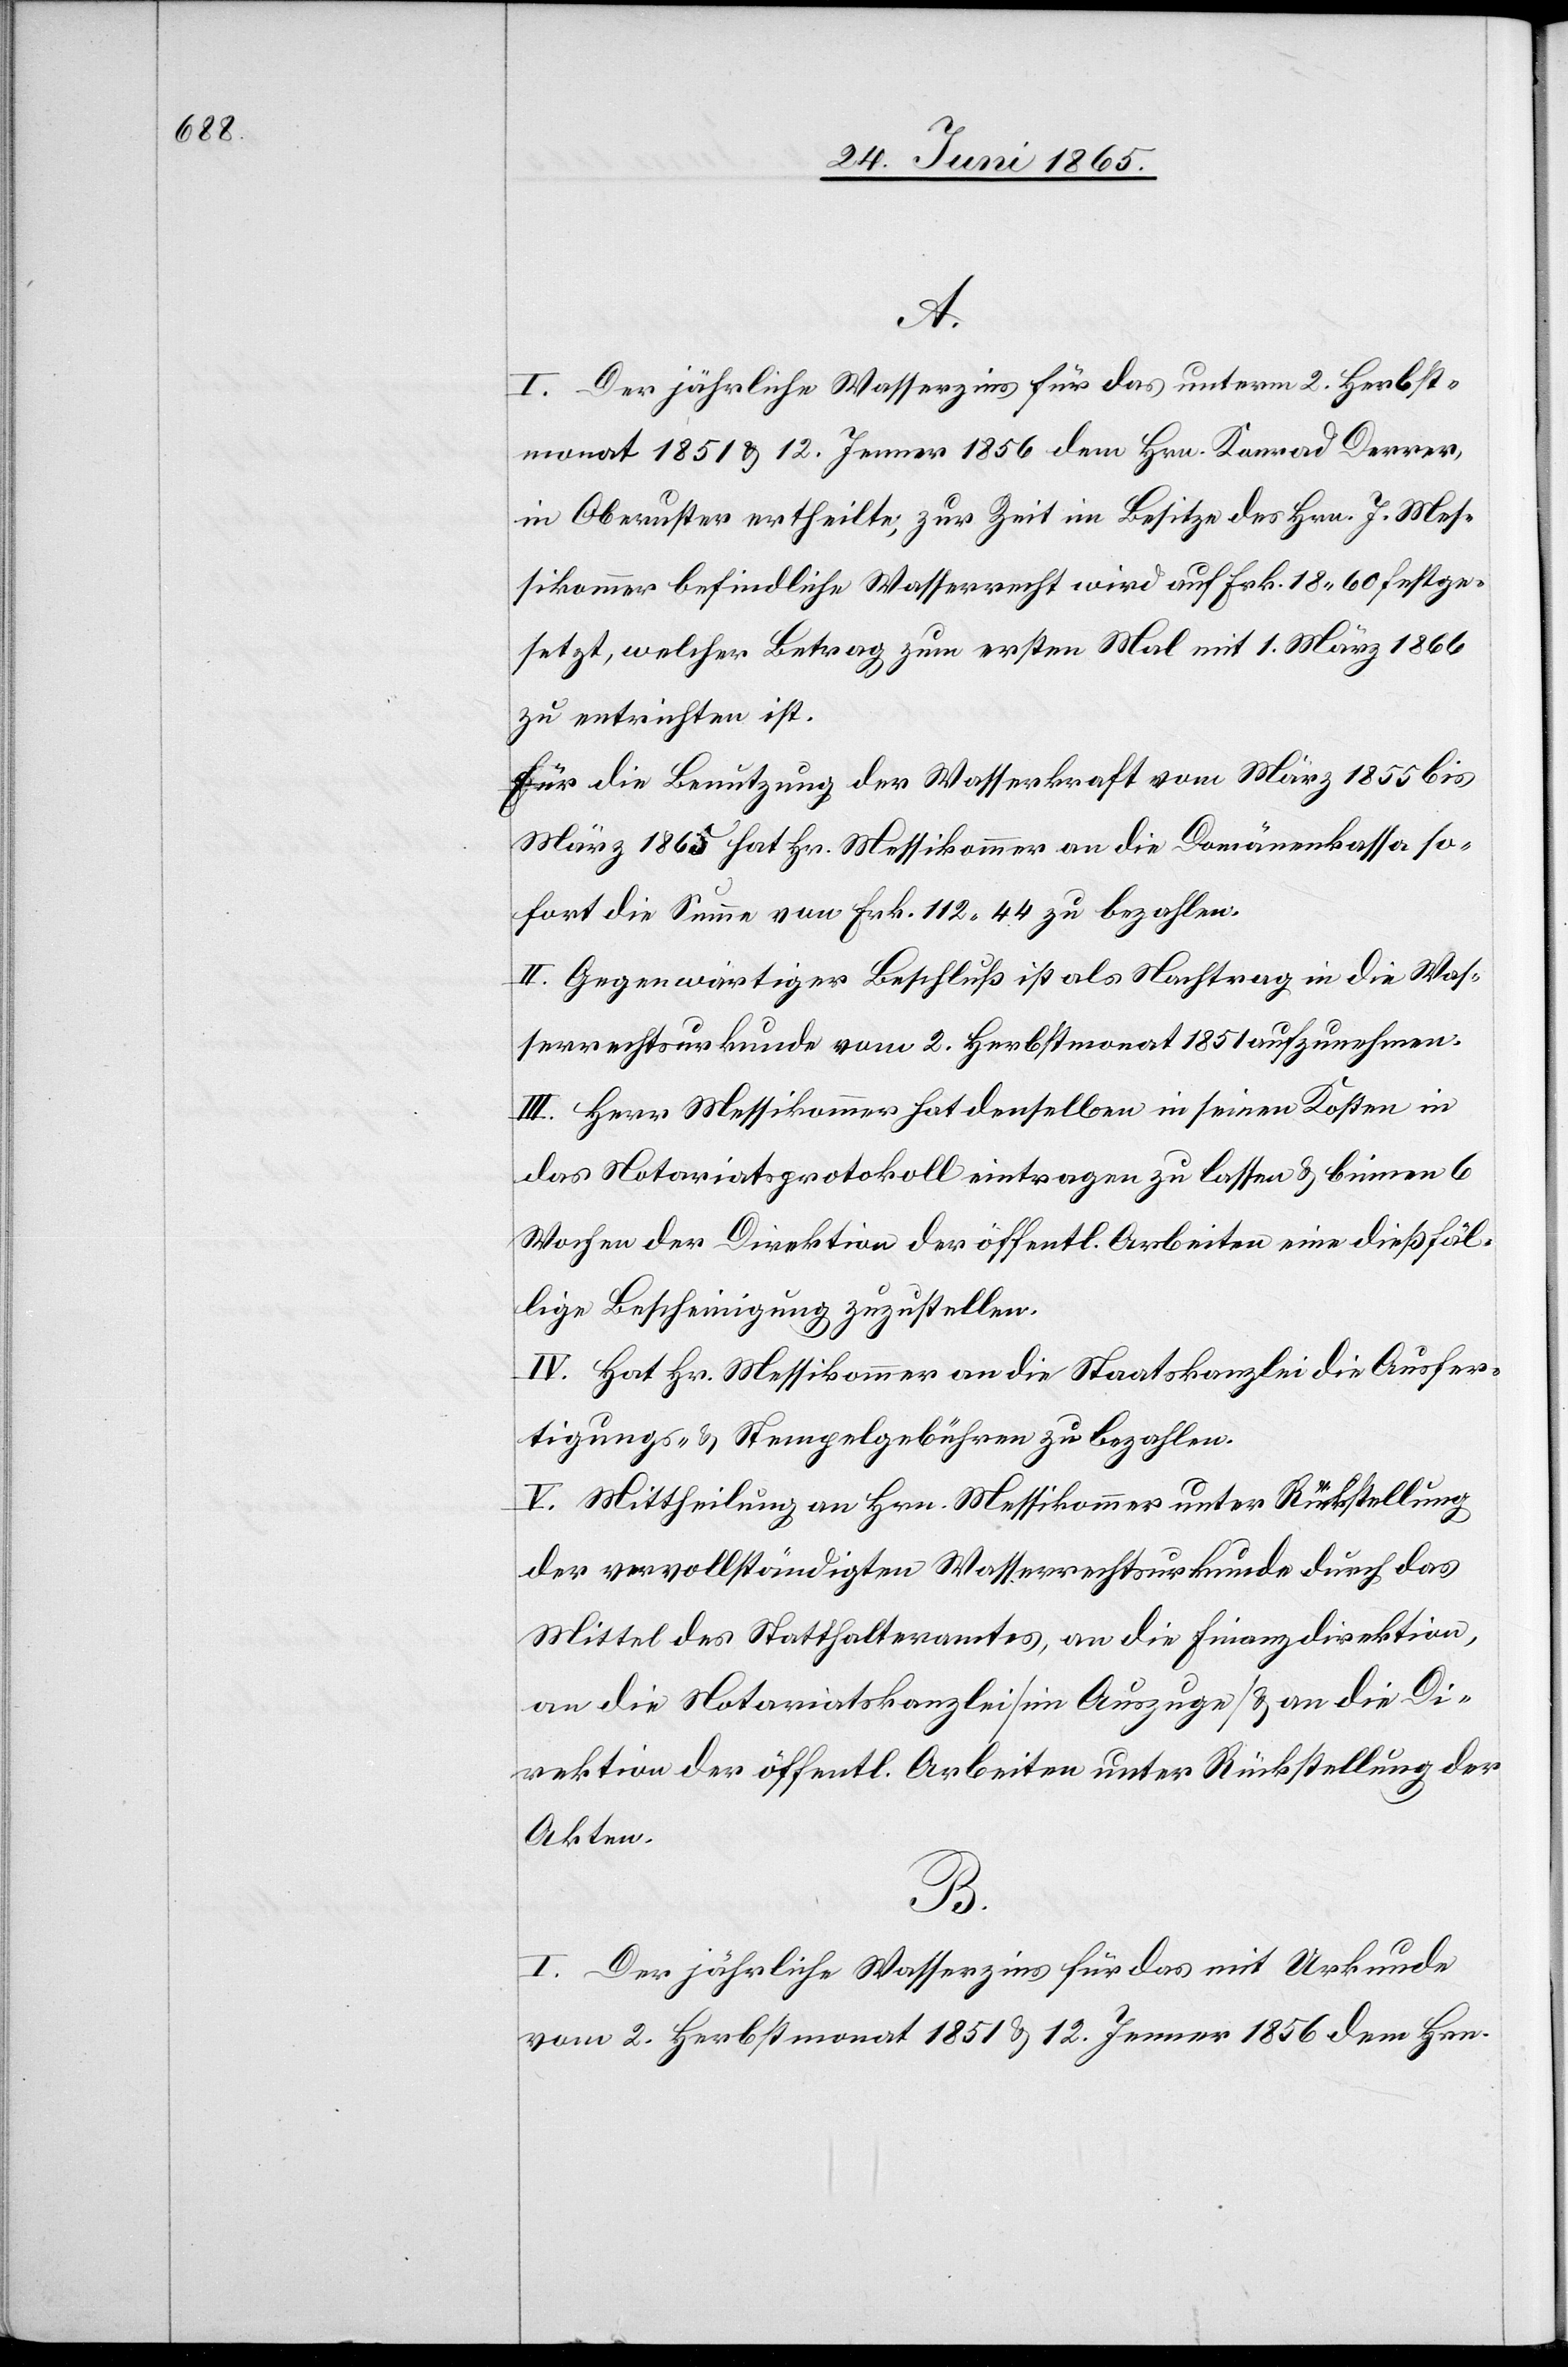
A.
I. Der jährliche Wasserzins für das unterm 2. Herbst¬
monat 1851 & 12. Jenner 1856 dem Hrn. Konrad Derrer,
in Oberuster ertheilte, zur Zeit im Besitze des Hrn. J. Mes¬
sikommer befindliche Wasserrecht wird auf Frk. 18.60 festge¬
setzt, welcher Betrag zum ersten Mal mit 1. März 1866
zu entrichten ist.
Für die Benutzung der Wasserkraft vom März 1855 bis
März 1865 hat Hr. Messikommer an die Domänenkassa so¬
fort die Summe von Frk. 122.44 zu bezahlen.
II. Gegenwärtiger Beschluß ist als Nachtrag in die Was¬
serrechtsurkunde vom 2. Herbstmonat 1851 aufzunehmen.
III. Herr Messikommer hat denselben in seinen Kosten in
das Notariatsprotokoll eintragen zu lassen u. binnen 6
Wochen der Direktion der öffentl. Arbeiten eine dießfäl¬
lige Bescheinigung zuzustellen.
IV. Hat Hr. Messikommer an die Staatskanzlei die Ausfer¬
tigungs- & Stempelgebühren zu bezahlen.
V. Mittheilung an Hrn. Messikommer unter Rückstellung
der vervollständigten Wasserrechtsurkunde durch das
Mittel des Statthalteramtes, an die Finanzdirektion,
an die Notariatskanzlei [im Auszuge] & an die Di¬
rektion der öffentl. Arbeiten unter Rückstellung der
Akten.
B.
I. Der jährliche Wasserzins für das mit Urkunde
vom 2. Herbstmonat 1851 & 12. Jenner 1856 dem Hrn.